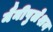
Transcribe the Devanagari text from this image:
मैनीपुलेशन